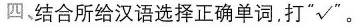
四、结合所给汉语选择正确单词，打“√”。